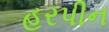
હરપીન